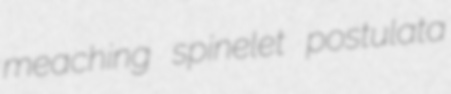
meaching spinelet postulata